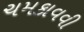
ચમકાવવી